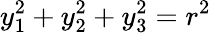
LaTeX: y_{1}^{2}+y_{2}^{2}+y_{3}^{2}=r^{2}